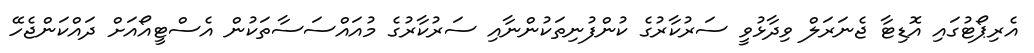
އެރިޕޯޓުގައި އޮޑިޓާ ޖެނަރަލް ވިދާޅުވީ ސަރުކާރުގެ ކުންފުނިތަކުންނާއި ސަރުކާރުގެ މުއައްސަސާތަކުން އެސްޓީއޯއަށް ދައްކަންޖެހޭ